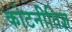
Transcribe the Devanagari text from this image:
कोटनीतिज्ञ